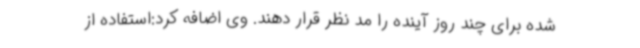
شده برای چند روز آینده را مد نظر قرار دهند. وی اضافه کرد:استفاده از